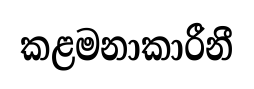
කළමනාකාරීනී